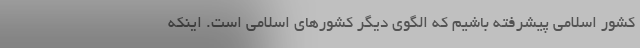
کشور اسلامی پیشرفته باشیم که الگوی دیگر کشورهای اسلامی است. اینکه